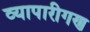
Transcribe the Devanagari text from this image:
व्‍यापारीगण